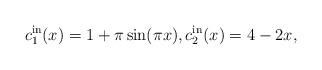
LaTeX: \begin{align*} c_1^{\rm in}(x)=1+\pi\sin(\pi x), c_2^{\rm in}(x)= 4-2x ,\end{align*}